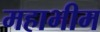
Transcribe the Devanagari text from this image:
महाभीम